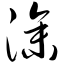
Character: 澡